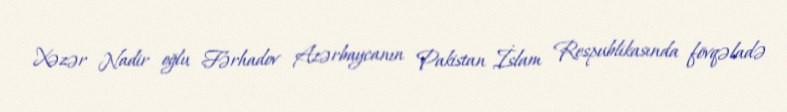
Xəzər Nadir oğlu Fərhadov Azərbaycanın Pakistan İslam Respublikasında fövqəladə